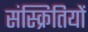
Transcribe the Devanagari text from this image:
संस्क्रितियों